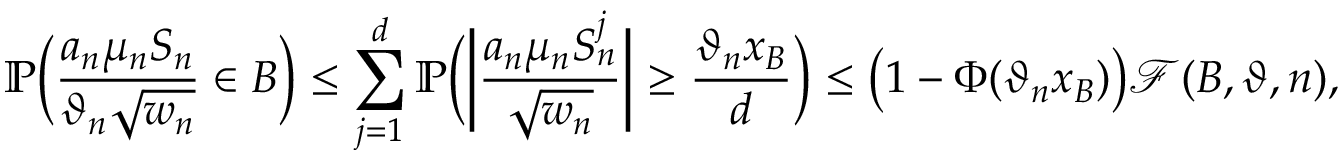
\mathbb { P } \bigg ( \frac { a _ { n } \mu _ { n } S _ { n } } { \vartheta _ { n } \sqrt { w _ { n } } } \in B \bigg ) \leq \sum _ { j = 1 } ^ { d } \mathbb { P } \bigg ( \bigg | \frac { a _ { n } \mu _ { n } S _ { n } ^ { j } } { \sqrt { w _ { n } } } \bigg | \geq \frac { \vartheta _ { n } x _ { B } } { d } \bigg ) \leq \big ( 1 - \Phi ( \vartheta _ { n } x _ { B } ) \big ) \mathscr { F } ( B , \vartheta , n ) ,